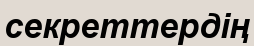
секреттердің